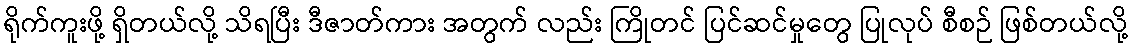
ရိုက်ကူးဖို့ ရှိတယ်လို့ သိရပြီး ဒီဇာတ်ကား အတွက် လည်း ကြိုတင် ပြင်ဆင်မှုတွေ ပြုလုပ် စီစဉ် ဖြစ်တယ်လို့